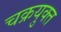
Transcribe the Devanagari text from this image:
चक्रयुक्त